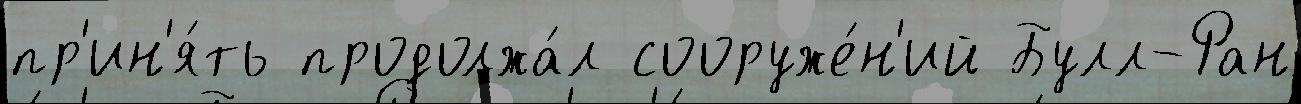
пр'ин'я́ть продолжа́л сооруже́н'ий Булл-Ран